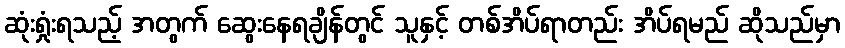
ဆုံးရှုံးရသည့် အတွက် ဆွေးနေရချိန်တွင် သူနှင့် တစ်အိပ်ရာတည်း အိပ်ရမည် ဆိုသည်မှာ